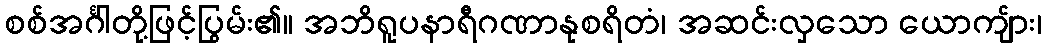
စစ်အင်္ဂါတို့ဖြင့်ပြွမ်း၏။ အဘိရူပနာရီဂဏာနုစရိတံ၊ အဆင်းလှသော ယောကျ်ား၊